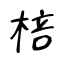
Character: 棓